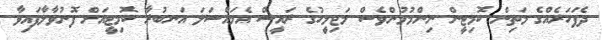
ދެފަހަރެއްގެ މަތިން ކޮމިޓީން ނިންމުމުންވެސް މަޖިލީހުގެ ރައީސް އެމައްސަލަ އަނބުރާ ކޮމިޓީއަށް ފޮނުވާލާފައިވާ